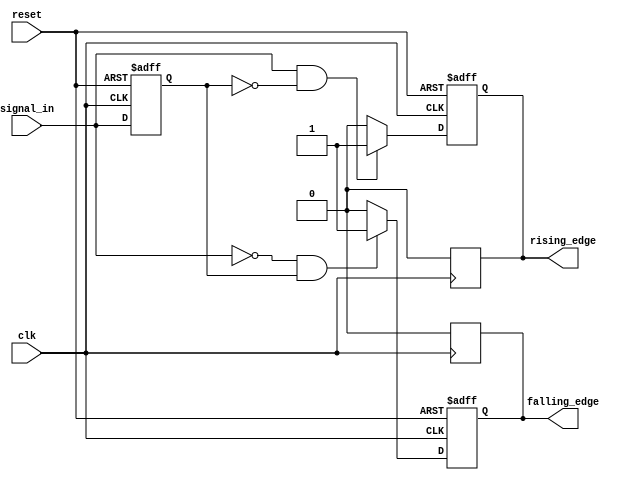
module dual_edge_detector (
    input wire clk,              // Clock signal
    input wire reset,            // Asynchronous reset signal
    input wire signal_in,        // Input signal to be monitored
    output reg rising_edge,      // Rising edge output flag
    output reg falling_edge      // Falling edge output flag
);

    reg signal_in_prev;          // Register to hold the previous state of signal_in

    // Asynchronous reset and state update
    always @(posedge clk or posedge reset) begin
        if (reset) begin
            signal_in_prev <= 1'b0; // Initialize previous state to 0
            rising_edge <= 1'b0;     // Clear rising edge flag
            falling_edge <= 1'b0;    // Clear falling edge flag
        end else begin
            // Edge detection logic
            rising_edge <= (signal_in == 1'b1 && signal_in_prev == 1'b0) ? 1'b1 : 1'b0;
            falling_edge <= (signal_in == 1'b0 && signal_in_prev == 1'b1) ? 1'b1 : 1'b0;

            // Update previous state
            signal_in_prev <= signal_in;
        end
    end

    // Generate one clock cycle pulse for rising_edge and falling_edge
    always @(posedge clk) begin
        if (rising_edge) begin
            rising_edge <= 1'b0; // Clear rising edge flag after one clock cycle
        end
        if (falling_edge) begin
            falling_edge <= 1'b0; // Clear falling edge flag after one clock cycle
        end
    end

endmodule